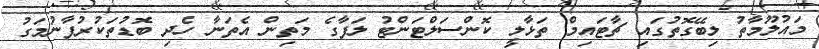
މައުލޫމާތު ލިބޭގޮތުގައި ޗާޓައިމް ތަޅާލީ ކޮންސަލްޓަންޓު ލަފާގެ މަތިން އެތަނާ ހެދި ބޮޑުތަކުރުފާނުމަގު